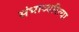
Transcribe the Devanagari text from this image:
संभाव्यरित्या